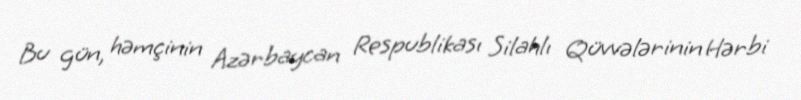
Bu gün, həmçinin Azərbaycan Respublikası Silahlı Qüvvələrinin Hərbi